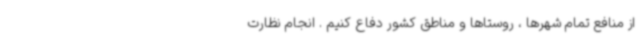
از منافع تمام شهرها ، روستاها و مناطق کشور دفاع کنیم . انجام نظارت